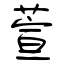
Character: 萱